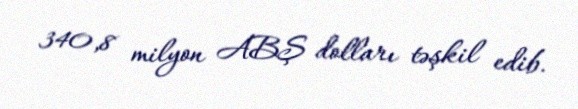
340,8 milyon ABŞ dolları təşkil edib.